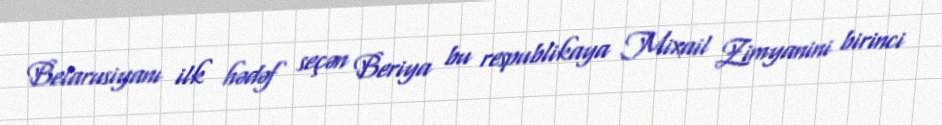
Belarusiyanı ilk hədəf seçən Beriya bu respublikaya Mixail Zimyanini birinci